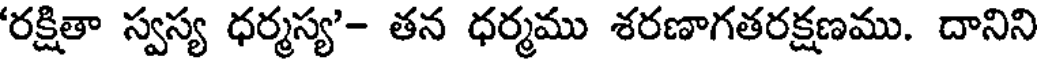
'రక్షితా స్వస్య ధర్మస్య'- తన ధర్మము శరణాగతరక్షణము. దానిని